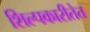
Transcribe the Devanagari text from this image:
शिल्पकारीतेत